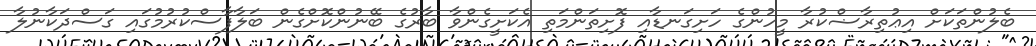
ބެލުންތަކަށް އިޢުތިރާޟްކުރާ މީހުންގެ ހަށިގަނޑާއި ފޮށިތަންމަތި އެކަށީގެންވާ ބާރުގެ ބޭނުންކޮށްގެން ބަލާފާސްކުރުމުގައި ގަސްދަކާނުލާ